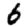
Digit: 6